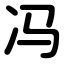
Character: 冯